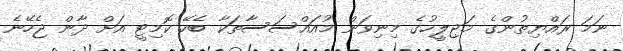
ނަމަ ރައްޔިތުންގެ މަޖިލީހުގެ މިނިވަން މުއައްސަސާތަކާ ބެހޭ ކޮމިޓީ އަށް ދާން ޖެހޭނެ